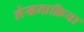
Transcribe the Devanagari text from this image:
लेखन्प्रक्रिया